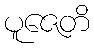
ပူဇေတိ